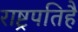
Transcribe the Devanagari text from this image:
राष्ट्रपतिहै